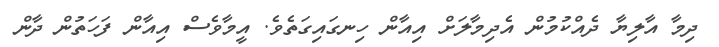
ދިމާ އާލިޔާ ދެއްކުމުން އެދިމާލަށް އިއާން ހިނގައިގަތެވެ. އީމާވެސް އިއާން ފަހަތުން ދާން